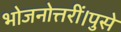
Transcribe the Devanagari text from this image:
भोजनोत्तरीं।पुसे